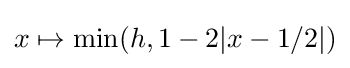
x\mapsto \min(h,1-2|x-1/2|)